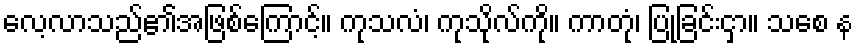
လေ့လာသည်၏အဖြစ်ကြောင့်။ ကုသလံ၊ ကုသိုလ်ကို။ ကာတုံ၊ ပြုခြင်းငှာ။ သစေ န